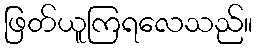
ဖြတ်ယူကြရလေသည်။